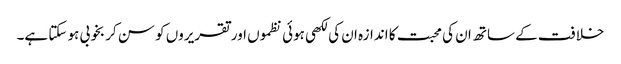
خلافت کے ساتھ ان کی محبت کا اندازہ ان کی لکھی ہوئی نظموں اور تقریروں کو سن کر بخوبی ہو سکتا ہے۔